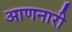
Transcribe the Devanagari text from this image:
आणनारी